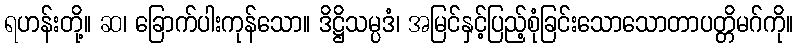
ရဟန်းတို့။ ဆ၊ ခြောက်ပါးကုန်သော။ ဒိဋ္ဌိသမ္ပဒံ၊ အမြင်နှင့်ပြည့်စုံခြင်းသောသောတာပတ္တိမဂ်ကို။